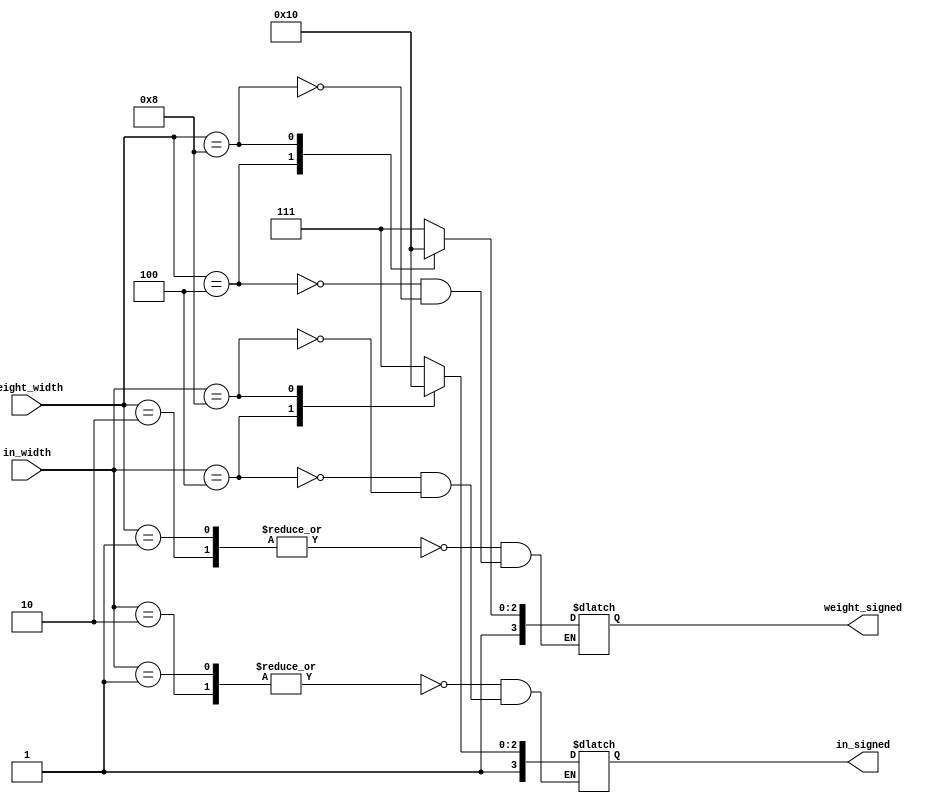
module sign_lookup (
    input [3:0] in_width,
    input [3:0] weight_width,
    output reg [3:0] in_signed,
    output reg [3:0] weight_signed
    );

    always @(*) begin
        case (in_width)
            4'b0001,
            4'b0010: in_signed = 4'b1111;
            4'b0100: in_signed = 4'b1010;
            4'b1000: in_signed = 4'b1000;
        endcase

        case (weight_width)
            4'b0001,
            4'b0010: weight_signed = 4'b1111;
            4'b0100: weight_signed = 4'b1010;
            4'b1000: weight_signed = 4'b1000;
        endcase
    end

endmodule